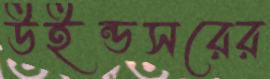
উইন্ডসরের